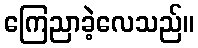
ကြေညာခဲ့လေသည်။